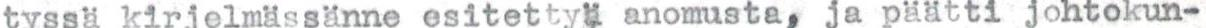
tyssä kirjelmässänne esitettyä anomusta, ja päätti johtokun-